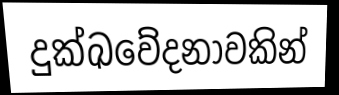
දුක්ඛවේදනාවකින්